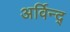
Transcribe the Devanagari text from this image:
अर्विन्द्